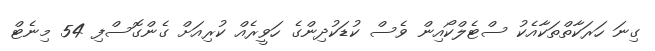
ގިނަ ހަރަކާތްތަކާއެކު ސްޓެލްކޯއިން ވެސް ކުޑަކުދިންގެ ހަވީރެއް ކުރިއަށް ގެންގޮސްފި 54 މިނެޓް